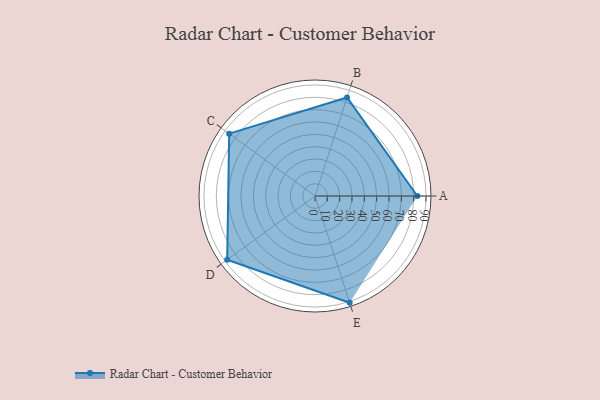
{"axis": {"x": "Skill", "y": "Score"}, "legend": ["Profile"], "data": [{"x": "A", "y": 83.0, "type": "Profile"}, {"x": "B", "y": 84.0, "type": "Profile"}, {"x": "C", "y": 86.0, "type": "Profile"}, {"x": "D", "y": 88.0, "type": "Profile"}, {"x": "E", "y": 91.0, "type": "Profile"}]}